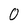
Character: 0